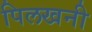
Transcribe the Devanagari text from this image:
पिलखनी